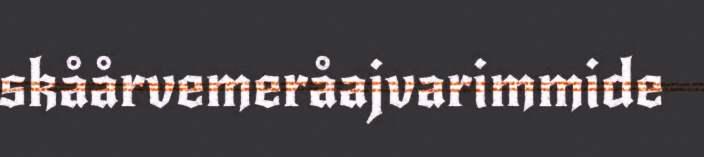
skåårvemeråajvarimmide